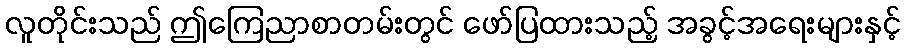
လူတိုင်းသည် ဤကြေညာစာတမ်းတွင် ဖော်ပြထားသည့် အခွင့်အရေးများနှင့်